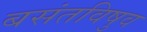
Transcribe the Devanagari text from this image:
बसंतविषुव